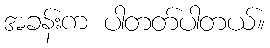
အခန်းက ပါတတ်ပါတယ်။